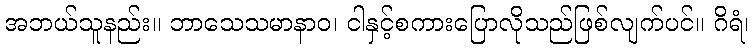
အဘယ်သူနည်း။ ဘာသေသမာနာဝ၊ ငါနှင့်စကားပြောလိုသည်ဖြစ်လျက်ပင်။ ဂိရံ၊